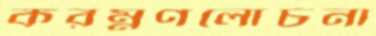
করম্নণলোচনা